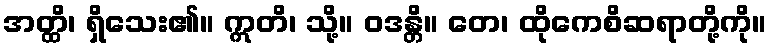
အတ္ထိ၊ ရှိသေး၏။ ဣတိ၊ သို့။ ဝဒန္တိ။ တေ၊ ထိုကေစိဆရာတို့ကို။